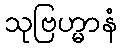
သုဗြဟ္မာနံ